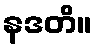
နဒတိ။